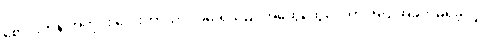
စောင်းတန်းအတိုင်း လေးဘာသာ လမ်းရှိသည် အထွေထွေဒေတာ အထိအခိုက်မရှိခဲ့လျှင်